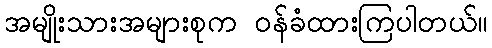
အမျိုးသားအများစုက ဝန်ခံထားကြပါတယ်။